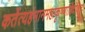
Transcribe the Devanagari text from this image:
कर्तेत्यहंमानमहाकृष्णाहिदंशितः